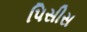
પિસીસ